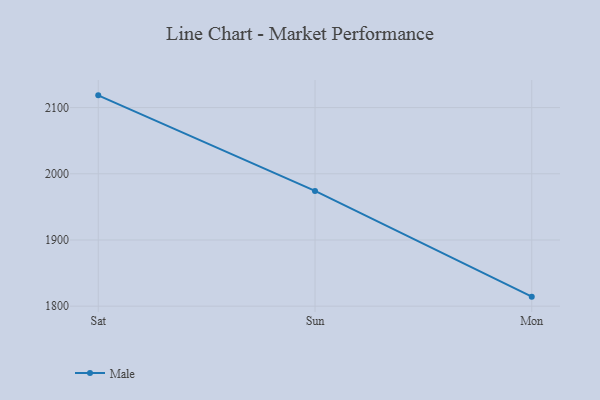
{"axis": {"x": "Day", "y": "Net Income (USD K)"}, "legend": ["Male"], "data": [{"x": "Sat", "y": 2118.5, "type": "Male"}, {"x": "Sun", "y": 1974.1, "type": "Male"}, {"x": "Mon", "y": 1814.4, "type": "Male"}]}